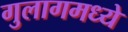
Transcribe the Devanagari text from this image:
गुलागमध्ये